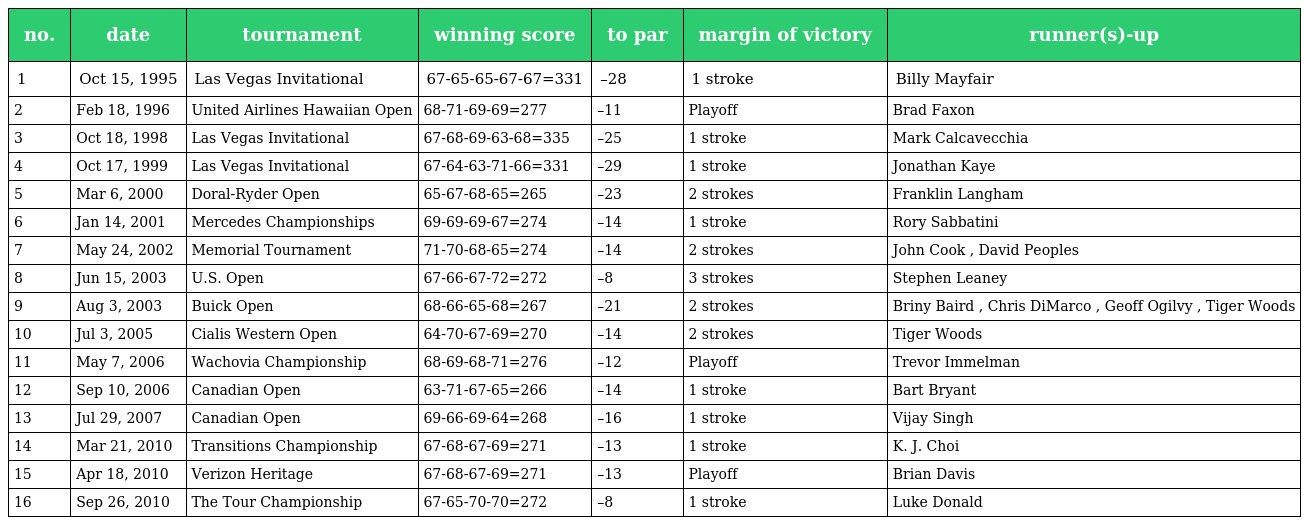
| no. | date | tournament | winning score | to par | margin of victory | runner(s)-up |
 | --- | --- | --- | --- | --- | --- | --- |
 | 1 | Oct 15, 1995 | Las Vegas Invitational | 67-65-65-67-67=331 | –28 | 1 stroke | Billy Mayfair |
 | 2 | Feb 18, 1996 | United Airlines Hawaiian Open | 68-71-69-69=277 | –11 | Playoff | Brad Faxon |
 | 3 | Oct 18, 1998 | Las Vegas Invitational | 67-68-69-63-68=335 | –25 | 1 stroke | Mark Calcavecchia |
 | 4 | Oct 17, 1999 | Las Vegas Invitational | 67-64-63-71-66=331 | –29 | 1 stroke | Jonathan Kaye |
 | 5 | Mar 6, 2000 | Doral-Ryder Open | 65-67-68-65=265 | –23 | 2 strokes | Franklin Langham |
 | 6 | Jan 14, 2001 | Mercedes Championships | 69-69-69-67=274 | –14 | 1 stroke | Rory Sabbatini |
 | 7 | May 24, 2002 | Memorial Tournament | 71-70-68-65=274 | –14 | 2 strokes | John Cook , David Peoples |
 | 8 | Jun 15, 2003 | U.S. Open | 67-66-67-72=272 | –8 | 3 strokes | Stephen Leaney |
 | 9 | Aug 3, 2003 | Buick Open | 68-66-65-68=267 | –21 | 2 strokes | Briny Baird , Chris DiMarco , Geoff Ogilvy , Tiger Woods |
 | 10 | Jul 3, 2005 | Cialis Western Open | 64-70-67-69=270 | –14 | 2 strokes | Tiger Woods |
 | 11 | May 7, 2006 | Wachovia Championship | 68-69-68-71=276 | –12 | Playoff | Trevor Immelman |
 | 12 | Sep 10, 2006 | Canadian Open | 63-71-67-65=266 | –14 | 1 stroke | Bart Bryant |
 | 13 | Jul 29, 2007 | Canadian Open | 69-66-69-64=268 | –16 | 1 stroke | Vijay Singh |
 | 14 | Mar 21, 2010 | Transitions Championship | 67-68-67-69=271 | –13 | 1 stroke | K. J. Choi |
 | 15 | Apr 18, 2010 | Verizon Heritage | 67-68-67-69=271 | –13 | Playoff | Brian Davis |
 | 16 | Sep 26, 2010 | The Tour Championship | 67-65-70-70=272 | –8 | 1 stroke | Luke Donald |